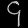
Digit: ၄